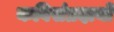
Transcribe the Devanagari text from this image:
कविसंप्रदायों